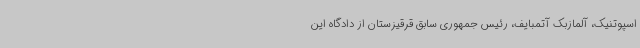
اسپوتنیک، آلمازبک آتمبایف، رئیس جمهوری سابق قرقیزستان از دادگاه این